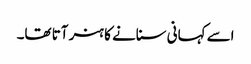
اسے کہانی سنانے کا ہنر آتا تھا۔